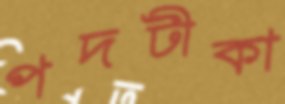
পদটীকা